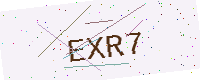
Text: EXR7